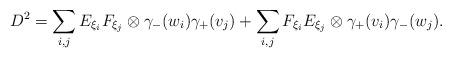
LaTeX: \begin{align*}D^2 = \sum_{i, j} E_{\xi_i} F_{\xi_j} \otimes \gamma_-(w_i) \gamma_+(v_j) + \sum_{i, j} F_{\xi_i} E_{\xi_j} \otimes \gamma_+(v_i) \gamma_-(w_j).\end{align*}